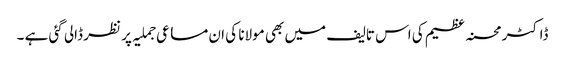
ڈاکٹر محسنہ عظیم کی اس تالیف میں بھی مولانا کی ان مساعی جملیہ پر نظر ڈالی گئی ہے ۔